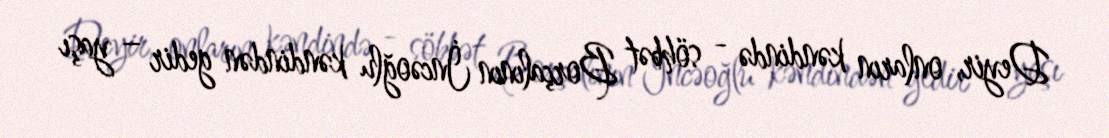
Deyir, onların kəndində - söhbət Borçalının İncəoğlu kəndindən gedir – yaşı